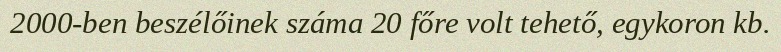
2000-ben beszélőinek száma 20 főre volt tehető, egykoron kb.